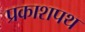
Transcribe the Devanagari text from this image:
प्रकाशपथ